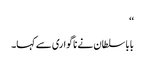
‘‘
بابا سلطان نے ناگواری سے کہا۔